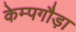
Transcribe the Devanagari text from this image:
केम्पगौड़ा